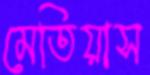
মেতিয়াস